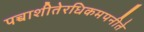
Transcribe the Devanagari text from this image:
पच्चाशीतेरधिकमपनीते